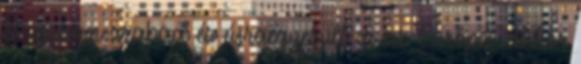
is igazán szabad és újraegyesült ez az Európa, akkor